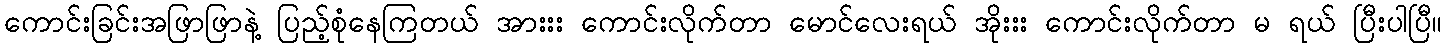
ကောင်းခြင်းအဖြာဖြာနဲ့ ပြည့်စုံနေကြတယ် အားးး ကောင်းလိုက်တာ မောင်လေးရယ် အိုးးး ကောင်းလိုက်တာ မ ရယ် ပြီးပါပြီ။